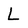
Character: L